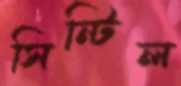
সিন্টিল